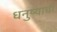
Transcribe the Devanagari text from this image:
धनुष्याची